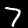
Digit: 7